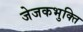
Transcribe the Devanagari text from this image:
जेजकभुक्ति